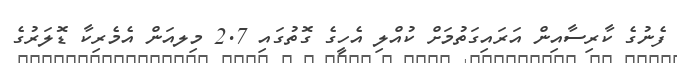
ފެނުގެ ކާރިސާއިން އަރައިގަތުމަށް ކުއްލި އެހީގެ ގޮތުގައި 2.7 މިލއަން އެމެރިކާ ޑޮލަރުގެ